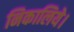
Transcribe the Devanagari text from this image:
निकालिये।